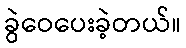
ခွဲဝေပေးခဲ့တယ်။